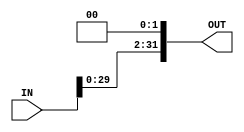
module _2bit_shifter #(parameter IN_WIDTH=32,parameter OUT_WIDTH=32)
(
    input wire [IN_WIDTH-1:0] IN,
    output reg [OUT_WIDTH-1:0] OUT
);
    
    always @(*) begin
        OUT=IN<<2;
    end
endmodule